Jaan_Tonisson_(Lasteleht), lk 238
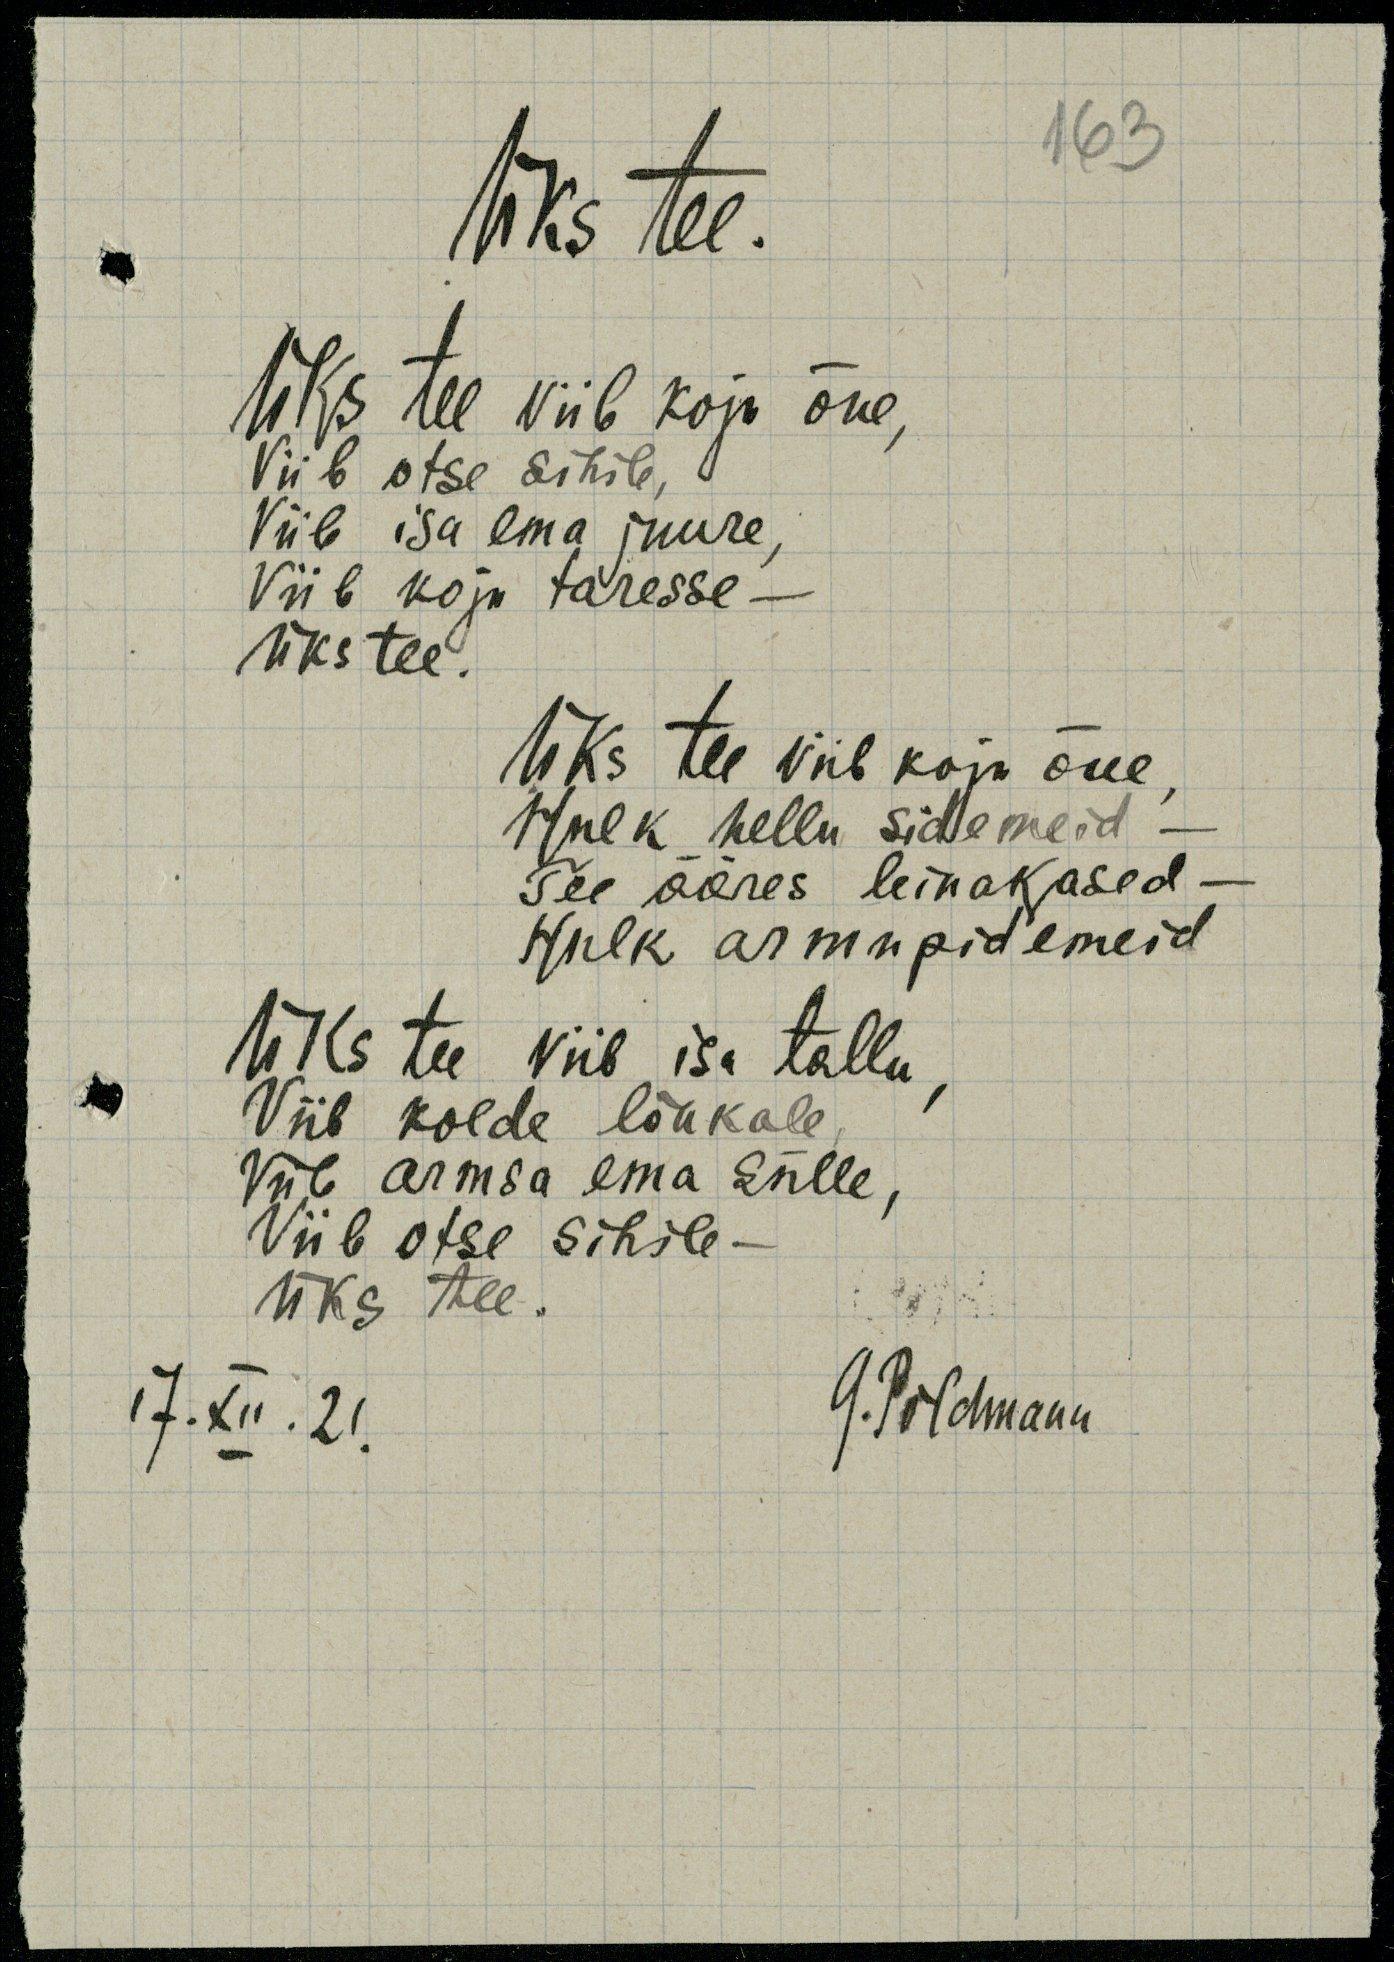
Üks tee.
Üks tee viib koju õue,
viib otse sihile,
viib isa ema juure,
viib koju taresse -
üks tee.
Üks tee viib koju õue,
hulk hellu sidemeid -
Tee ääres leinakased
Hulk armupidemeid
Üks tee viib isa tallu,
viib kolde lõukale
viib armsa ema sülle,
viib otse sihile -
Üks tee.
G.Põldmann